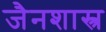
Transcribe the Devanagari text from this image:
जैनशास्त्र